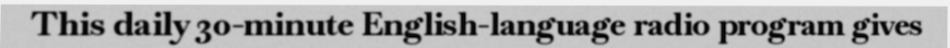
This daily 30-minute English-language radio program gives